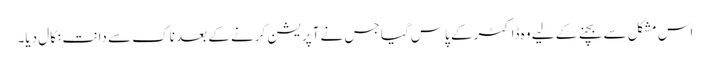
اس مشکل سے بچنے کے لیے وہ ڈاکٹر کے پاس گیا جس نے آپریشن کرنے کے بعد ناک سے دانت نکال دیا۔